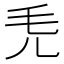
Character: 𣬜